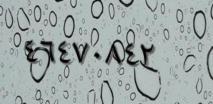
٤٦٤٧٠٨٤٢